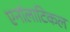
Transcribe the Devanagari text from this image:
एनॉलाटिकल